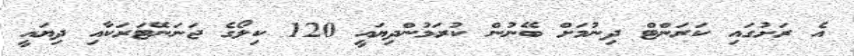
އެ ރަށުގައި ކަރަންޓް ދިނުމަށް ބޭނުން ކުރަމުންދިޔައީ 120 ކިލޯގެ ޖަނަނޭޓަރަކާއި ދިޔައީ